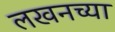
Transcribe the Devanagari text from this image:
लखनच्या